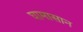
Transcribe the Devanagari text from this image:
घामासान